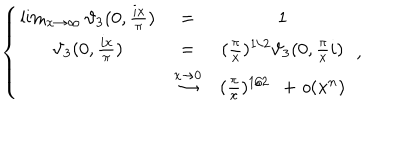
LaTeX: \left\{ \begin{matrix} { { \lim _ { x \to \infty } \vartheta _ { 3 } ( 0 , \frac { i x } { \pi } ) } } & { { = } } & { { 1 } } \\ { { \vartheta _ { 3 } ( 0 , \frac { i x } { \pi } ) } } & { { = } } & { { ( \frac { \pi } { x } ) ^ { 1 / 2 } \vartheta _ { 3 } ( 0 , \frac { \pi } { x } i ) } } \\ { { } } & { { \stackrel { x \to 0 } { \rightarrow } } } & { { ( \frac { \pi } { x } ) ^ { 1 / 2 } \: \: + { \it o } ( x ^ { n } ) } } \\ \end{matrix} \right. \ ,